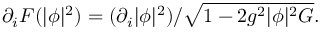
\partial _ { i } { \cal F } ( | \phi | ^ { 2 } ) = ( \partial _ { i } | \phi | ^ { 2 } ) / \sqrt { 1 - 2 g ^ { 2 } | \phi | ^ { 2 } G } .